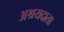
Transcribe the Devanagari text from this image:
अश्रयदाता